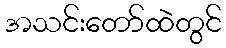
အသင်းတော်ထဲတွင်